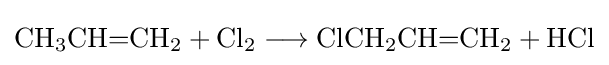
{\mathrm {CH} {\vphantom {A}}_{\smash[{t}]{3}}\mathrm {CH} {=}\mathrm {CH} {\vphantom {A}}_{\smash[{t}]{2}}{}+{}\mathrm {Cl} {\vphantom {A}}_{\smash[{t}]{2}}{}\mathrel {\longrightarrow } {}\mathrm {ClCH} {\vphantom {A}}_{\smash[{t}]{2}}\mathrm {CH} {=}\mathrm {CH} {\vphantom {A}}_{\smash[{t}]{2}}{}+{}\mathrm {HCl} }